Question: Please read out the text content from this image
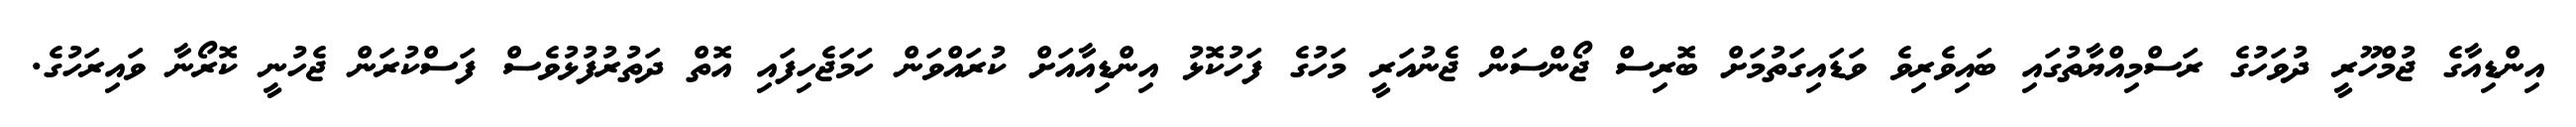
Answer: އިންޑިއާގެ ޖުމްހޫރީ ދުވަހުގެ ރަސްމިއްޔާތުގައި ބައިވެރިވެ ވަޑައިގަތުމަށް ބޮރިސް ޖޯންސަން ޖެނުއަރީ މަހުގެ ފަހުކޮޅު އިންޑިއާއަށް ކުރައްވަން ހަމަޖެހިފައި އޮތް ދަތުރުފުޅުވެސް ފަސްކުރަން ޖެހުނީ ކޮރޯނާ ވައިރަހުގެ.